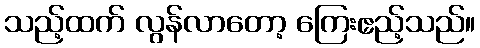
သည့်ထက် လွန်လာတော့ ကြေးဧည့်သည်။